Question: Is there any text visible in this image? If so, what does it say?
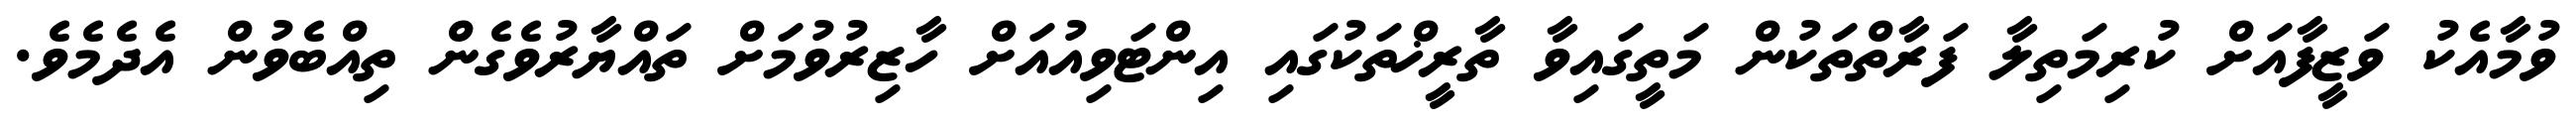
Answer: ވުމާއެކު ވަޒީފާއަށް ކުރިމަތިލާ ފަރާތްތަކުން މަތީގައިވާ ތާރީޚްތަކުގައި އިންޓަވިއުއަށް ހާޒިރުވުމަށް ތައްޔާރުވެގެން ތިއްބެވުން އެދެމެވެ.